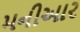
મનીઆર